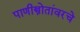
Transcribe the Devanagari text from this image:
पाणीस्त्रोतांवरचे